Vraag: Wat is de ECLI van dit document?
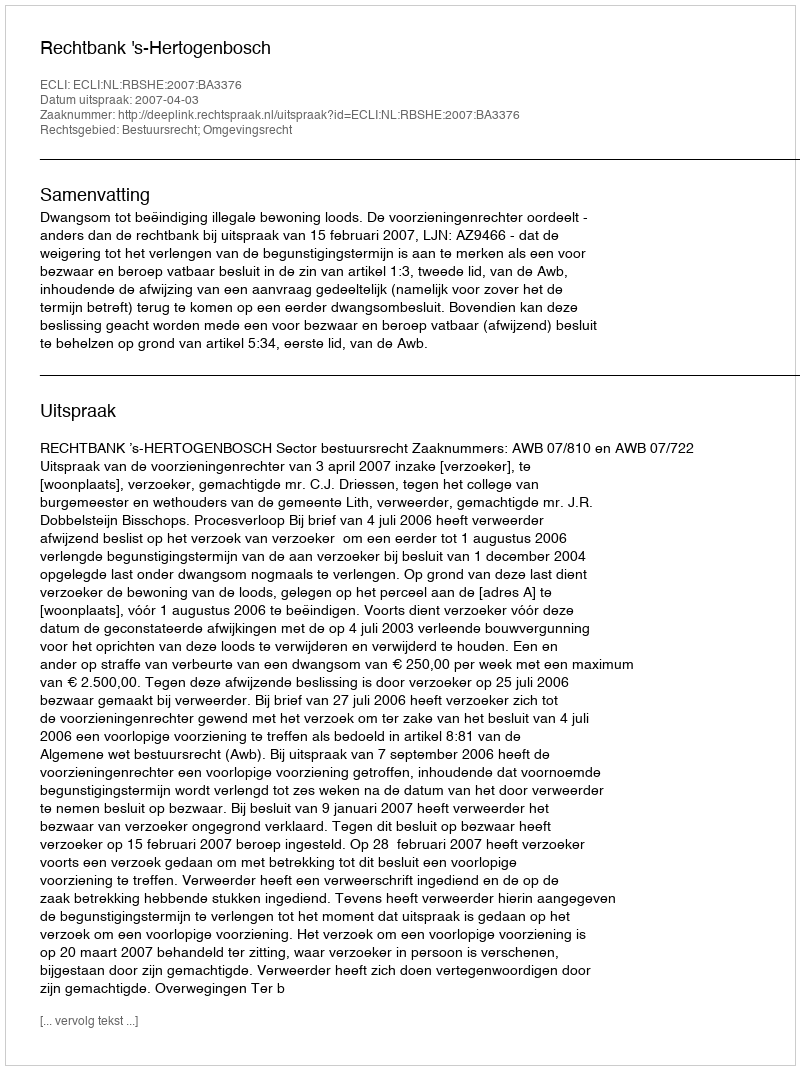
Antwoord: ECLI:NL:RBSHE:2007:BA3376